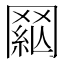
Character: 𦋟